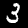
Digit: 3